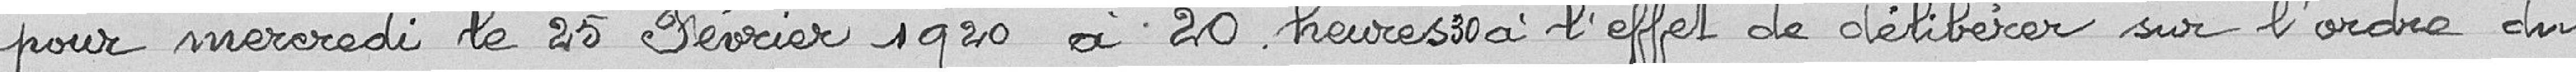
pour mercredi le 25 février 1920 à 20 heures 30 à l'effet de délibérer sur l'ordre du